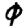
Digit: 0